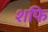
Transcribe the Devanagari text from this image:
शफि